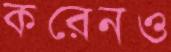
করেনও